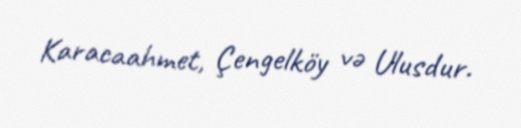
Karacaahmet, Çengelköy və Ulusdur.